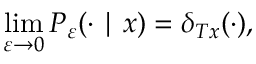
\operatorname* { l i m } _ { \varepsilon \rightarrow 0 } P _ { \varepsilon } ( \cdot \mid x ) = \delta _ { T x } ( \cdot ) ,